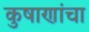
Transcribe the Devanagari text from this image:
कुषाणांचा